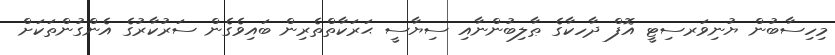
މިހިސާބުން ޔުނިވަރސިޓީ އޮފް ދާހކާގެ ޠާލިބުންނާއި ސިޔާސީ ޙަރަކާތްތެރިން ބައިވެގެން ސަރުކާރުގެ އެންގުންތަކަށް